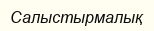
Салыстырмалық